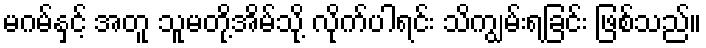
မဂမ်နှင့် အတူ သူမတို့အိမ်သို့ လိုက်ပါရင်း သိကျွမ်းရခြင်း ဖြစ်သည်။